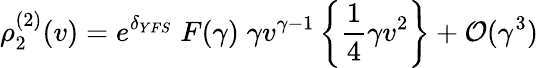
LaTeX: \rho_{2}^{(2)}(v)=e^{\delta_{YFS}}\; F(\gamma)\; \gamma v^{\gamma-1}\left\{ {\frac{1}{4}}\gamma v^{2}\right\} +{\cal O}(\gamma^{3})